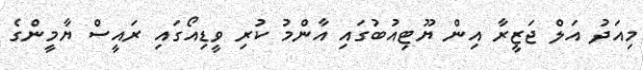
މިއަދު އަލް ޖަޒީރާ އިން ޔޫޓިއުބުގައި އާންމު ކުރި ވީޑިއޯގައި ރައީސް ޔާމީންގެ